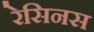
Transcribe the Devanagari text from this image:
रेसिनस